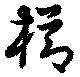
櫛